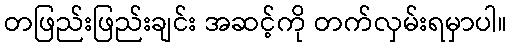
တဖြည်းဖြည်းချင်း အဆင့်ကို တက်လှမ်းရမှာပါ။